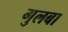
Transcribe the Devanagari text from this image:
गुलबा